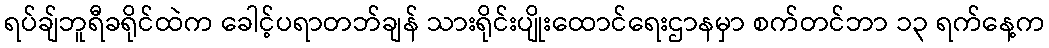
ရပ်ချ်ဘူရီခရိုင်ထဲက ခေါင့်ပရာတဘ်ချန် သားရိုင်းပျိုးထောင်ရေးဌာနမှာ စက်တင်ဘာ ၁၃ ရက်နေ့က